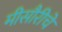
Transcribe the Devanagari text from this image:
मीसौरीचे